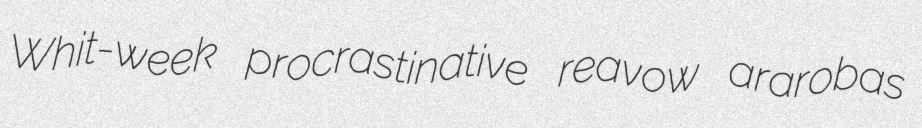
Whit-week procrastinative reavow ararobas